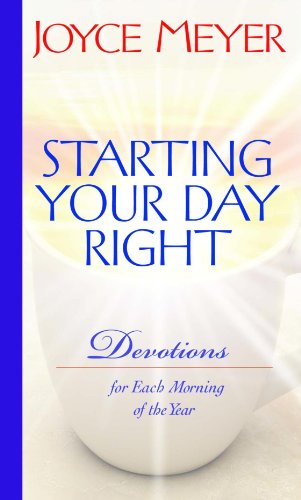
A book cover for Starting Your Day Right: Devotions for Each Morning of the Year; Joyce Meyer; Christian Books & Bibles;